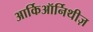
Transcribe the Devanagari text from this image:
आर्किऑर्निथीज़